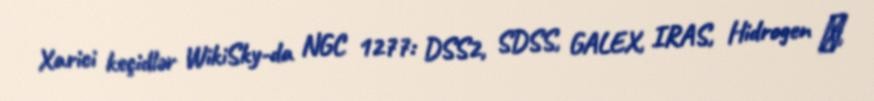
Xarici keçidlər WikiSky-da NGC 1277: DSS2, SDSS, GALEX, IRAS, Hidrogen α,